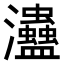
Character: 𤅱